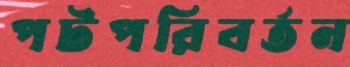
পটপরিবর্তন